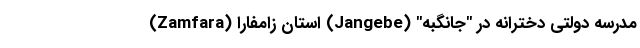
مدرسه دولتی دخترانه در "جانگبه" (Jangebe) استان زامفارا (Zamfara)